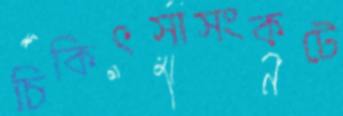
চিকিৎসাসংকটে